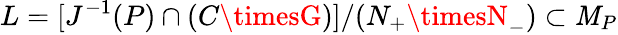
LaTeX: L=[J^{-1}(P)\cap(C\timesG)]/(N_{+}\timesN_{-})\subset\mathit{M}_{P}